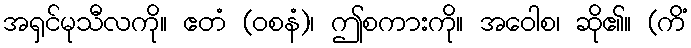
အရှင်မုသီလကို။ ဧတံ (ဝစနံ)၊ ဤစကားကို။ အဝေါစ၊ ဆို၏။ (ကိံ